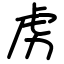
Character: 虏